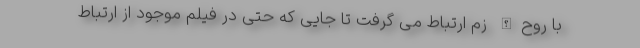
با روح‌الله زم ارتباط می گرفت تا جایی که حتی در فیلم موجود از ارتباط